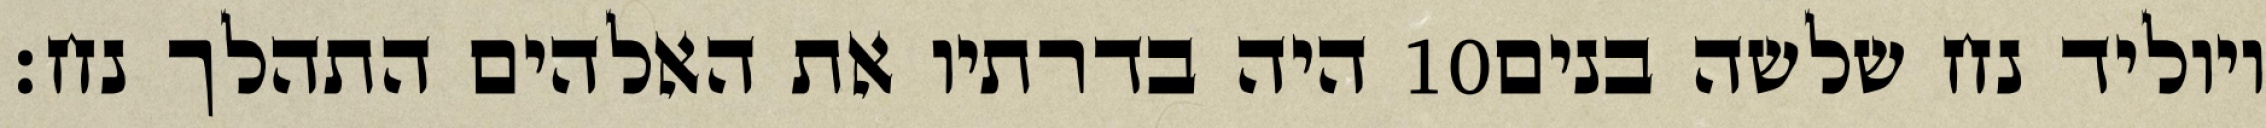
היה בדרתיו את האלהים התהלך נח׃ ‎10‏ ויוליד נח שלשה בנים